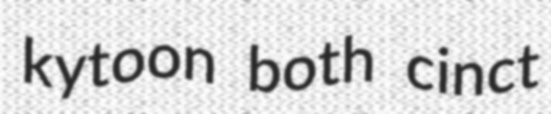
kytoon both cinct